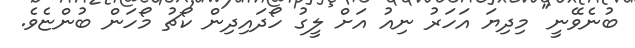
ބުނެވޭނީ" މިދިޔަ އަހަރު ނިއު އަށް ލީގު ހޯދައިދިން ކޯޗު މޯހަން ބުންޏެވެ.